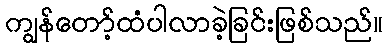
ကျွန်တော့်ထံပါလာခဲ့ခြင်းဖြစ်သည်။